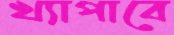
খ্যাপাবে